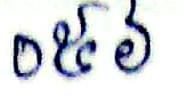
០៥៦